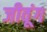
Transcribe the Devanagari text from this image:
जीवूंग